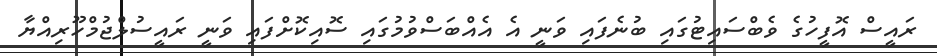
ރައީސް އޮފީހުގެ ވެބްސައިޓުގައި ބުނެފައި ވަނީ އެ އެއްބަސްވުމުގައި ސޮއިކޮށްފައި ވަނީ ރައީސުލްޖުމްހޫރިއްޔާ